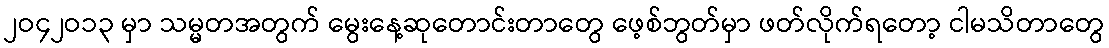
၂ဝ၄၂ဝ၁၃ မှာ သမ္မတအတွက် မွေးနေ့ဆုတောင်းတာတွေ ဖေ့စ်ဘွတ်မှာ ဖတ်လိုက်ရတော့ ငါမသိတာတွေ